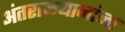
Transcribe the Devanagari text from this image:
अंतराळयानांना